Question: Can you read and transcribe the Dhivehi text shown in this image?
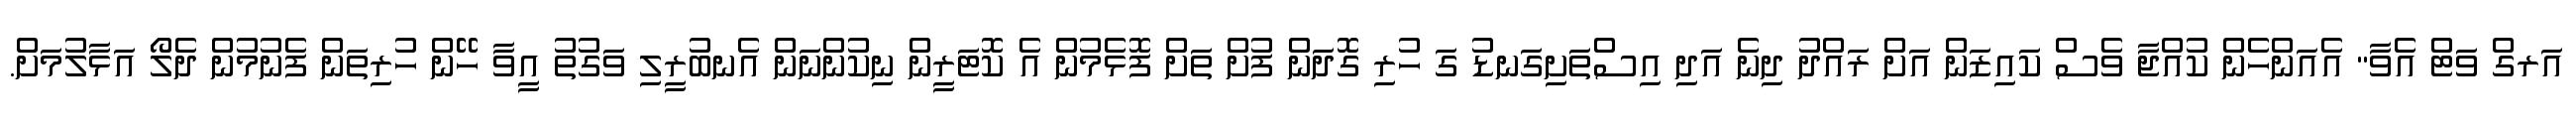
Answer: އަރގް ވަޓް އެވާ" އެއަންހެން ކުއްޖާ ވެސް ކައިޒަން އަށް ރައްދު ދިނެ އަދި އިސްތަށިގަނޑު ގަ ހުރި ގޮދަން ފުށް ތަށް ފޮޅެމުން އެ ކޮޓަރީން ނިކުންނަން އެނބުރީލި ވަގުތު އީވާ ހޭން ހުރިތަން ފެނުމުން ދެލޯ އަޅާލުމަށް.